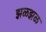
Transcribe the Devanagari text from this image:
झळझळ